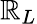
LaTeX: \mathbb{R}_{L}